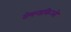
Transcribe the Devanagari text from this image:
रोमन्सकिओ